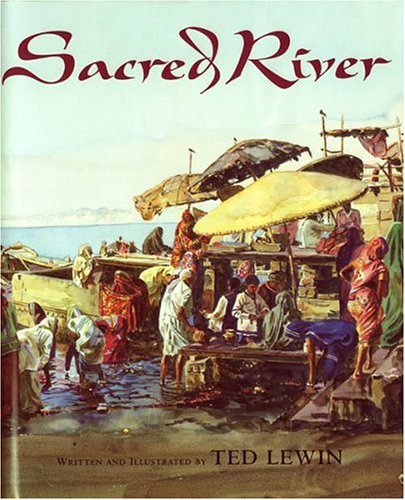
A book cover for Sacred River; Ted Lewin; Travel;